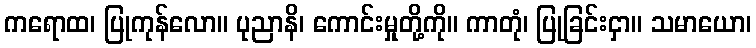
ကရောထ၊ ပြုကုန်လော။ ပုညာနိ၊ ကောင်းမှုတို့ကို။ ကာတုံ၊ ပြုခြင်းငှာ။ သမာယော၊